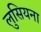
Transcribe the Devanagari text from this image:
लुसियना